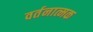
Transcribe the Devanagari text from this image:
वर्तनात्मक